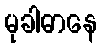
မုခါဓာနေ